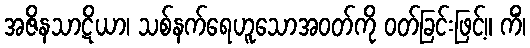
အဇိနသာဋိယာ၊ သစ်နက်ရေဟူသောအဝတ်ကို ဝတ်ခြင်းဖြင့်။ ကိံ၊